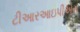
ટીઆરઆઇપીએસ